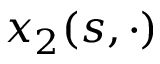
x _ { 2 } ( s , \cdot )